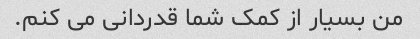
من بسیار از کمک شما قدردانی می کنم.